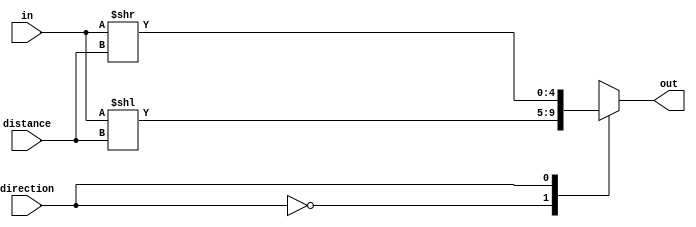
module shifter (
	input [4:0] in,
	input [2:0] distance,
	input direction,
	output reg [4:0] out
);

always @* begin
	case(direction)
		1'b0: out = in << distance;
		1'b1: out = in >> distance;
	endcase
end

endmodule